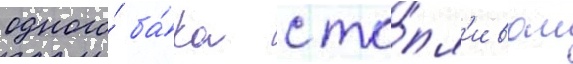
одного́ ба́ка с то́пл'ивом